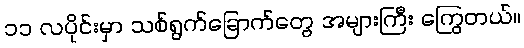
၁၁ လပိုင်းမှာ သစ်ရွက်ခြောက်တွေ အများကြီး ကြွေတယ်။